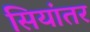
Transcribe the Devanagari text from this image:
सियांतर